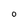
Character: O